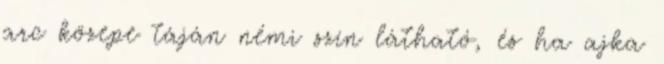
arc közepe táján némi szín látható, és ha ajka